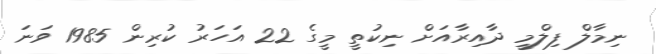
ނިމާލް ފިލްމީ ދާއިރާއަށް ނިކުތީ މީގެ 22 އަހަރު ކުރިން 1985 ވަނަ